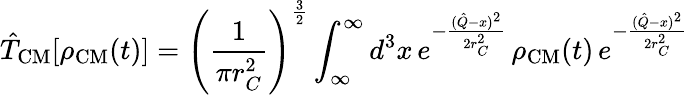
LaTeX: {\hat{T}}_{\mathrm{CM}}[\rho_{\mathrm{CM}}(t)]=\left({\frac{1}{\pi r_{C}^{2}}}\right)^{\frac{3}{2}}\int_{\infty}^{\infty}d^{3}x\, e^{-{\frac{({\hat{Q}}-x)^{2}}{2r_{C}^{2}}}}\, \rho_{\mathrm{CM}}(t)\, e^{-{\frac{({\hat{Q}}-x)^{2}}{2r_{C}^{2}}}}